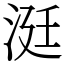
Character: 涏